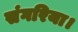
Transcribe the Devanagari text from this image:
संगरिया।